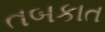
તબકાત